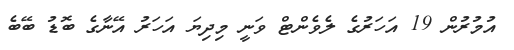
އުމުރުން 19 އަހަރުގެ ލެވެންޓް ވަނީ މިދިޔަ އަހަރު އޭނާގެ ބޮޑު ބޭބެ